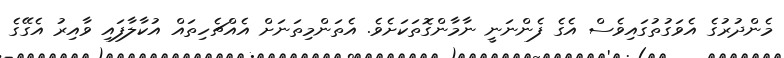
މެންދުރުގެ އެވަގުތުގައިވެސް އެގެ ފެންނަނީ ނާމާންގޮތަކަށެވެ. އެތަންމިތަނަށް އެއްޗެހިތައް އުކާލާފައި ވާއިރު އެގޭގެ